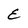
Character: E